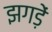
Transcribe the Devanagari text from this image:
झगड़ें